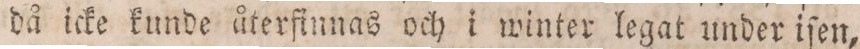
då icke kunde återfinnas och i winter legat under iſen,